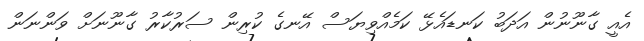
އެއީ ގާނޫނުން އަދަބު ކަނޑައެޅޭ ކަމެއްވިޔަސް އޭނގެ ކުރިން ސަރުކާރު ގާނޫނަށް ވަންނަން